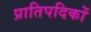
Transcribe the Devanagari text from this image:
प्रातिपदिकों